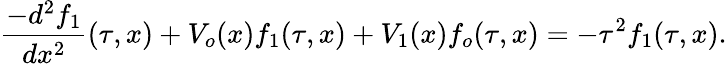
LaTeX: \frac{-d^{2}f_{1}}{dx^{2}}(\tau,x)+V_{o}(x)f_{1}(\tau,x)+V_{1}(x)f_{o}(\tau,x)=-\tau^{2}f_{1}(\tau,x).